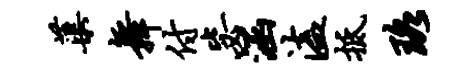
蕖舞付毖涵溘抵珞